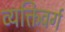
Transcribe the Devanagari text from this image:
व्यक्तिवर्ग